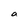
Character: a